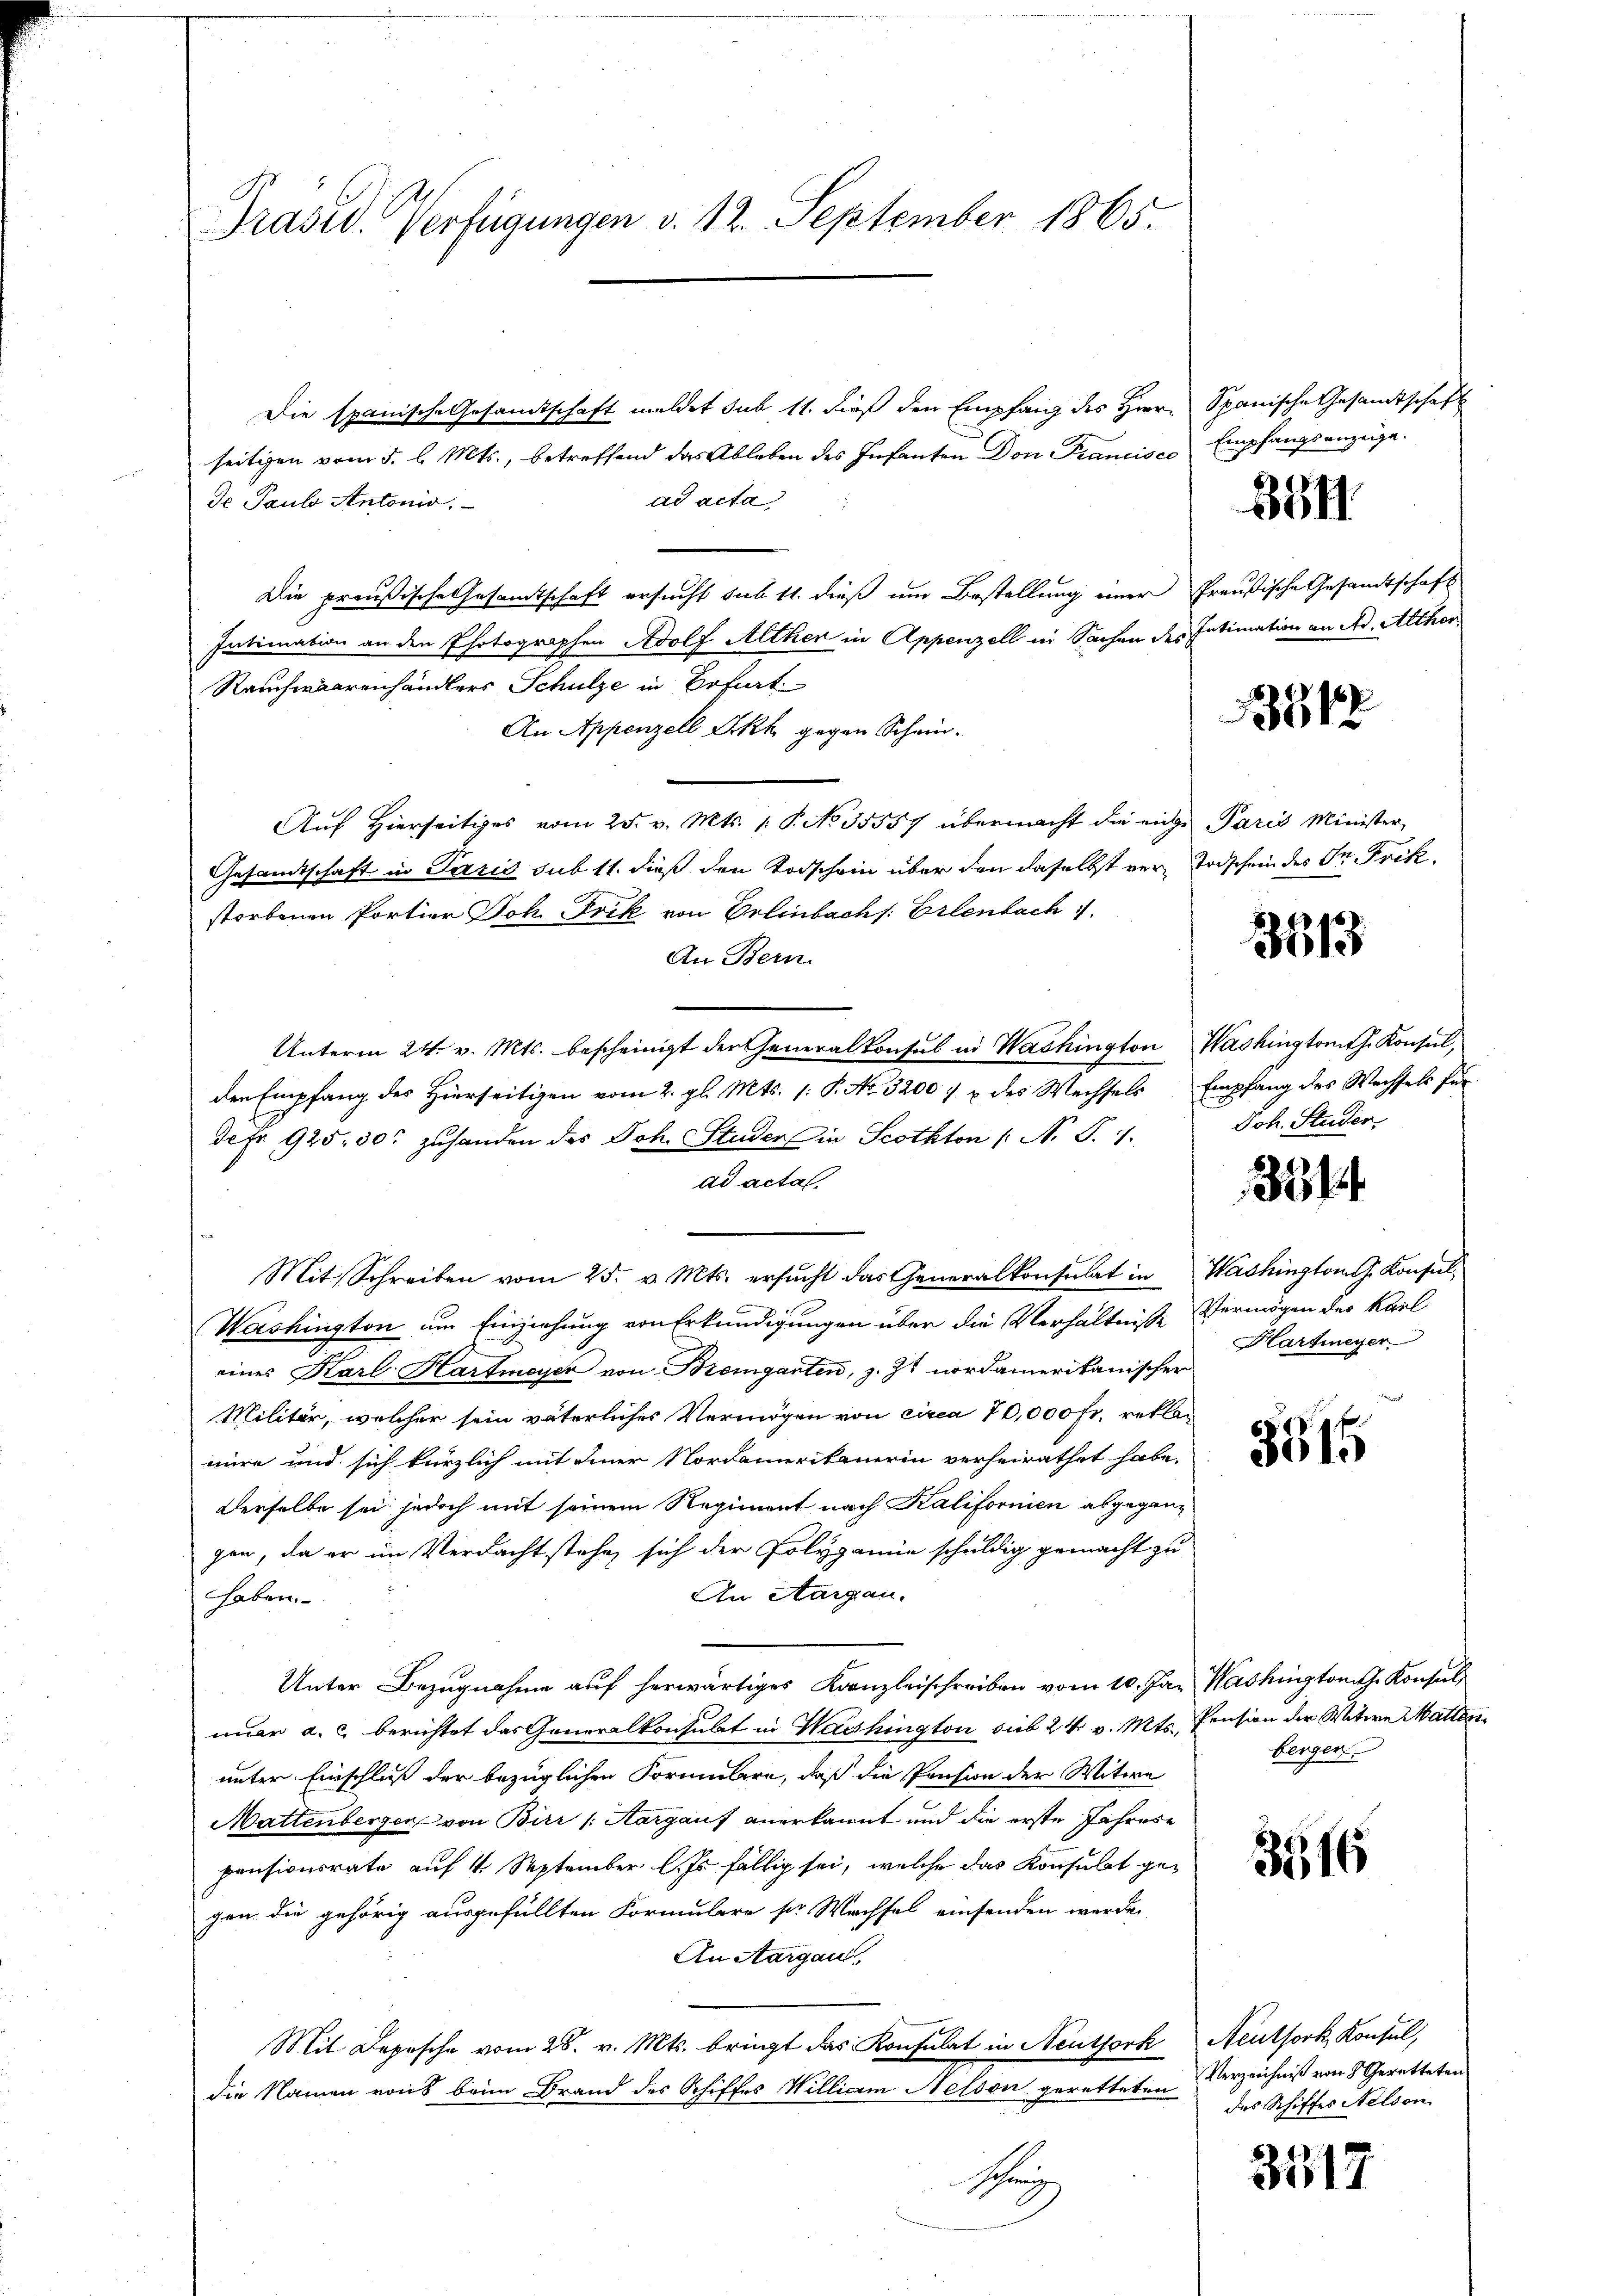
Präsid. Verfügungen v. 12. September 1865.

Die spanische Gesandtschaft meldet sub 11. dieß den Empfang des Herrn Spanische Gesandtschaft
seitigen vom 5. l. Mts., betreffend das Ableben des Infanten Don Trancises Empfangsanzeige.
ad acta
de Paul Antonio.
Die preußische Gesamtschaft ersucht sub 11. dieß um Bestellung einer Preußische Gesandtschaft
Intimation an den Photographen Adolf Althen in Appenzell in Sachen des Intimation an Ad. Althor
Rauchwaarenhändlers Schulze in Erfurt
An Appenzell Ikk gegen Schein.
Auf Hierseitiges vom 25. v. Mts. 1. P. No 35557 übermacht die eige Paris Minister
Gesandtschaft in Paris sub 11. dieß den Todschein über den daselbst ver-Todschein des Dr. Frikstorbenen Portier Joh. Frik von Erlenbachs: Erlenbach
An Bern.
Unterm 24. v. Mts. bescheinigt der Generalkonsul in Washington Washingtomth. Konsul,
den Empfang des Hierseitigen vom 2. gl. Mts. 1. P. No. 3200 & des Wechsels Empfang des Wechsels für-
de fr. 925. 50. zuhanden des Joh. Studer in Scothton (N. S. 1. Joh. Studer
ad acta
Mit Schreiben vom 25. v. Mts. ersŭcht das Generalkonsulat in Washington Konsul-
Washington um Einziehung von Erkundigungen über die Verhältnisse Vermögen des Karl
eines Karl Hartmeyer von Bremgarten, z. Zt. nordamerikanischer
Militär, welcher sein väterliches Vermögen von circa 70,000 fr. reklamire und sich kürzlich mit einer Nordamerikanerin verheirathet habe.
Derselbe sei jedoch mit seinem Regiment nach Kalifornien abgegangen, da er im Verdacht stehe, sich der Polygamie schuldig gemacht zu
An Aargau.
haben.
Unter Bezugnahme auf herwärtiges Kanzleischreiben vom 10. Jan. Washington Konsul
nuar a. c. berichtet das Generalkonsulat in Washington sieb 24. v. Mts. Pension der Witwe Mattenunter Einschluß der bezüglichen Formulare, daß die Pension der Witwe
Mattenberger von Birr /: Aargauf anerkannt und die erste Jahrese
pensionsrate auf 4. September l. Js. fällig sei, welche das Konsulat gegen die gehörig ausgefüllten Formulare sr Wechsel einsenden werden
An Aargau,
Mit Depesche vom 28. v. Mts. bringt das Konsulat in Neuthork Neuthork, Konsul,
die Namen von beim Brand des Schiffes William Nelsver geretteten Verzeichniß von 8 Geretteten
Se
3517

394.

3848

3513

3314

Hartmeyer

berger

3516

des Schiffes Nelson